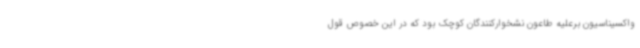
واکسیناسیون برعلیه طاعون نشخوارکنندگان کوچک بود که در این خصوص قول